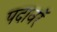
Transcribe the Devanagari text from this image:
पदावरॅ